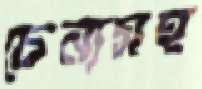
চেনাসহ